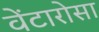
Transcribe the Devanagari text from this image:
वेंटारोसा